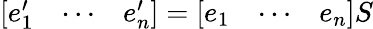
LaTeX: {\left[\begin{array}{lll}{e_{1}^{\prime}}&{\cdots}&{e_{n}^{\prime}}\end{array}\right]}={\left[\begin{array}{lll}{e_{1}}&{\cdots}&{e_{n}}\end{array}\right]}S